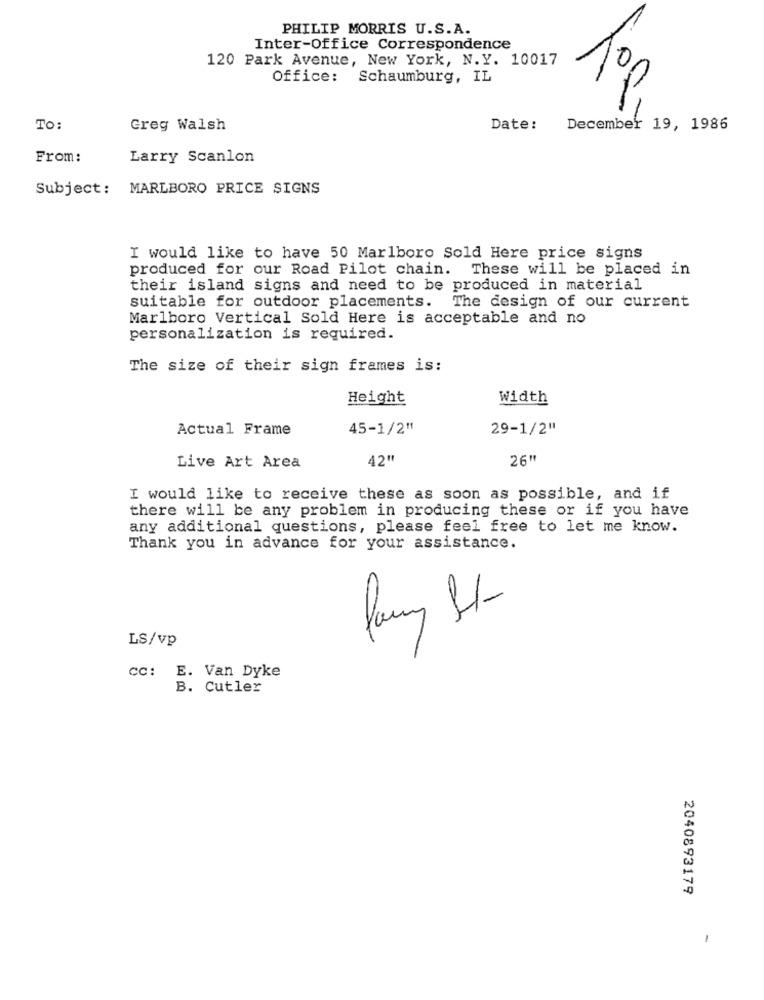
PHILIP MORRIS U.S.A.
Inter-Office Correspondence
120 Park Avenue, New York, N.Y. 10017
To
Office: Schaumburg, IL
To:
Greg Walsh
Date:
December 19, 1986
From:
Larry Scanlon
Subject: MARLBORO PRICE SIGNS
I would like to have 50 Marlboro Sold Here price signs
produced for our Road Pilot chain. These will be placed in
their island signs and need to be produced in material
suitable for outdoor placements. The design of our current
Marlboro Vertical Sold Here is acceptable and no
personalization is required.
The size of their sign frames is:
Height
Width
Actual Frame
45-1/2"
29-1/2"
42"
26"
Live Art Area
I would like to receive these as soon as possible, and if
there will be any problem in producing these or if you have
any additional questions, please feel free to let me know.
Thank you in advance for your assistance.
LS/vp
CC: E. Van Dyke
B. Cutler
2040893179